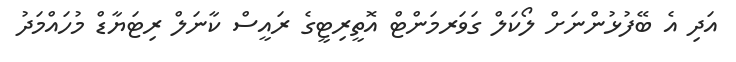
އަދި އެ ބޭފުޅުންނަށް ލޯކަލް ގަވަރމަންޓް އޮތީރިޓީގެ ރައީސް ކާނަލް ރިޓަޔާޑް މުހައްމަދު